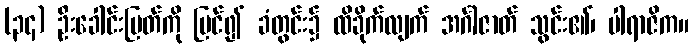
(၃၄) ဦးခေါင်းပြတ်ကို မြင်၍ ခံတွင်း၌ ထိခိုက်လျက် အင်္ဂါဇာတ် သွင်း၏၊ ပါရာဇိက။